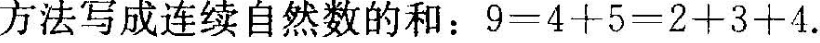
方法写成连续自然数的和：9=4+5=2+3+4.